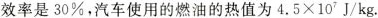
效率是30%，汽车使用的燃油的热值为$$4.5 × 10^{7}J/kg$$.